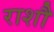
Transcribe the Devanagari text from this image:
राशौ